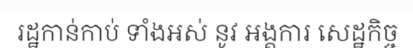
រដ្ឋកាន់កាប់ ទាំងអស់ នូវ អង្គការ សេដ្ឋកិច្ច